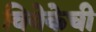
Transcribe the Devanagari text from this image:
विवेकेची